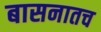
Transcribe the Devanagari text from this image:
बासनातच